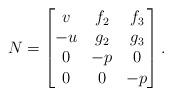
LaTeX: \begin{align*}N = \left[\begin{matrix}v & f_2 & f_3\\-u & g_2 &g_3\\ 0 & -p &0 \\0 & 0 & -p\end{matrix} \right].\end{align*}